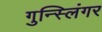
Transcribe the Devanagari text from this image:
गुन्स्लिंगर